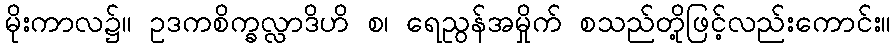
မိုးကာလ၌။ ဥဒကစိက္ခလ္လာဒိဟိ စ၊ ရေညွန်အမှိုက် စသည်တို့ဖြင့်လည်းကောင်း။